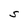
Character: S